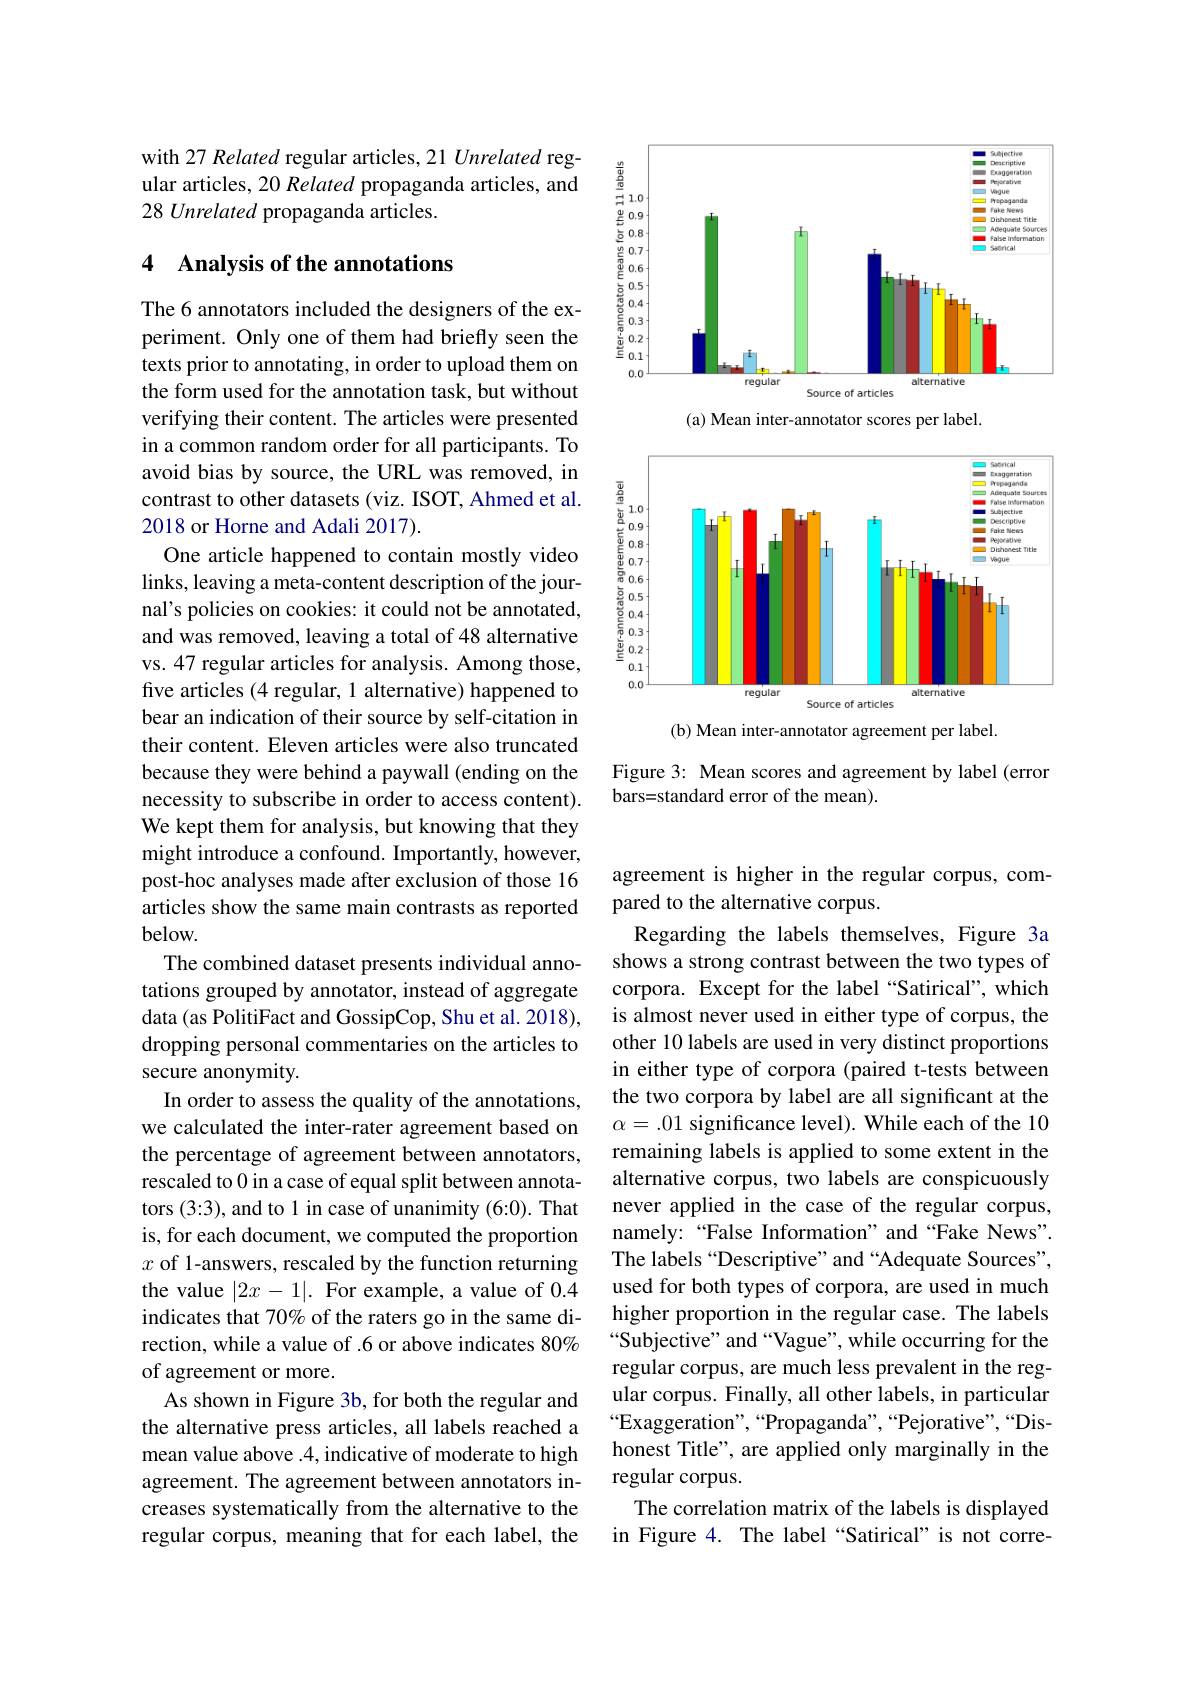
<FigureHere>

Figure 3: Mean scores and agreement by label (error

bars=standard error of the mean).

with 27 Related regular articles, 21 Unrelated regular articles, 20 Related propaganda articles, and 28 Unrelated propaganda articles.

### 4 Analysis of the annotations

The 6 annotators included the designers of the experiment. Only one of them had briefly seen the texts prior to annotating, in order to upload them on the form used for the annotation task, but without verifying their content. The articles were presented ina common random order for all participants. To avoid bias by source, the URL was removed, in contrast to other datasets (viz. ISOT, Ahmed et al. 2018 or Horne and Adali 2017).
One article happened to contain mostly video links, leaving a meta-content description of the journal's policies on cookies: it could not be annotated, and was removed, leaving a total of 48 alternative vs. 47 regular articles for analysis. Among those, five articles (4 regular, 1 alternative) happened to bear an indication of their source by self-citation in their content. Eleven articles were also truncated because they were behind a paywall (ending on the necessity to subscribe in order to access content). We kept them for analysis, but knowing that they might introduce a confound. Importantly, however, post-hoc analyses made after exclusion of those 16 articles show the same main contrasts as reported $below.$
The combined dataset presents individual annotations grouped by annotator, instead of aggregate data (as PolitiFact and GossipCop, Shu et al. 2018), dropping personal commentaries on the articles to secure anonymity.
In order to assess the quality of the annotations, we calculated the inter-rater agreement based on the percentage of agreement between annotators, rescaled to 0 in a case of equal split between annotators (3:3), and to 1 in case of unanimity (6:0). That is, for each document, we computed the proportion $x$ of 1-answers, rescaled by the function returning the value $|2x-1|.$ For example, a value of 0.4 indicates that 70% of the raters go in the same direction, while a value of .6 or above indicates 80% of agreement or more.
As shown in Figure 3b, for both the regular and the alternative press articles, all labels reached a mean value above .4, indicative of moderate to high agreement. The agreement between annotators increases systematically from the alternative to the regular corpus, meaning that for each label, the

agreement is higher in the regular corpus, com-
pared to the alternative corpus.
Regarding the labels themselves, Figure 3a shows a strong contrast between the two types of corpora. Except for the label“Satirical”, which is almost never used in either type of corpus, the other 10 labels are used in very distinct proportions in either type of corpora (paired t-tests between the two corpora by label are all significant at the $\alpha=.01$ significance level). While each of the 10 remaining labels is applied to some extent in the alternative corpus, two labels are conspicuously never applied in the case of the regular corpus, namely: “False Information” and“Fake News”. The labels“Descriptive”and“Adequate Sources”, used for both types of corpora, are used in much higher proportion in the regular case. The labels “Subjective” and“Vague”, while occurring for the regular corpus, are much less prevalent in the regular corpus. Finally, all other labels, in particular “Exaggeration”,“Propaganda”,“Pejorative”,“Dishonest Title", are applied only marginally in the regular corpus.
The correlation matrix of the labels is displayed in Figure 4. The label“Satirical” is not corre-